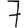
Digit: 7